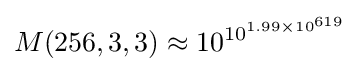
M(256,3,3)\approx 10^{\,\!10^{1.99\times 10^{619}}}